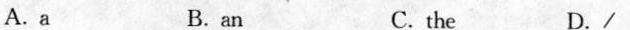
A.a B.an C. the D. /